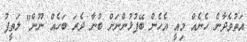
އަތުވެދާނެ ހެނެއް މިއީ އެހެން ބޭފުޅުންނަށް ބުނާ ދެރަ ބަހެއް ނޫން" ލަތީފު